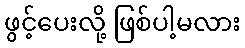
ဖွင့်ပေးလို့ ဖြစ်ပါ့မလား